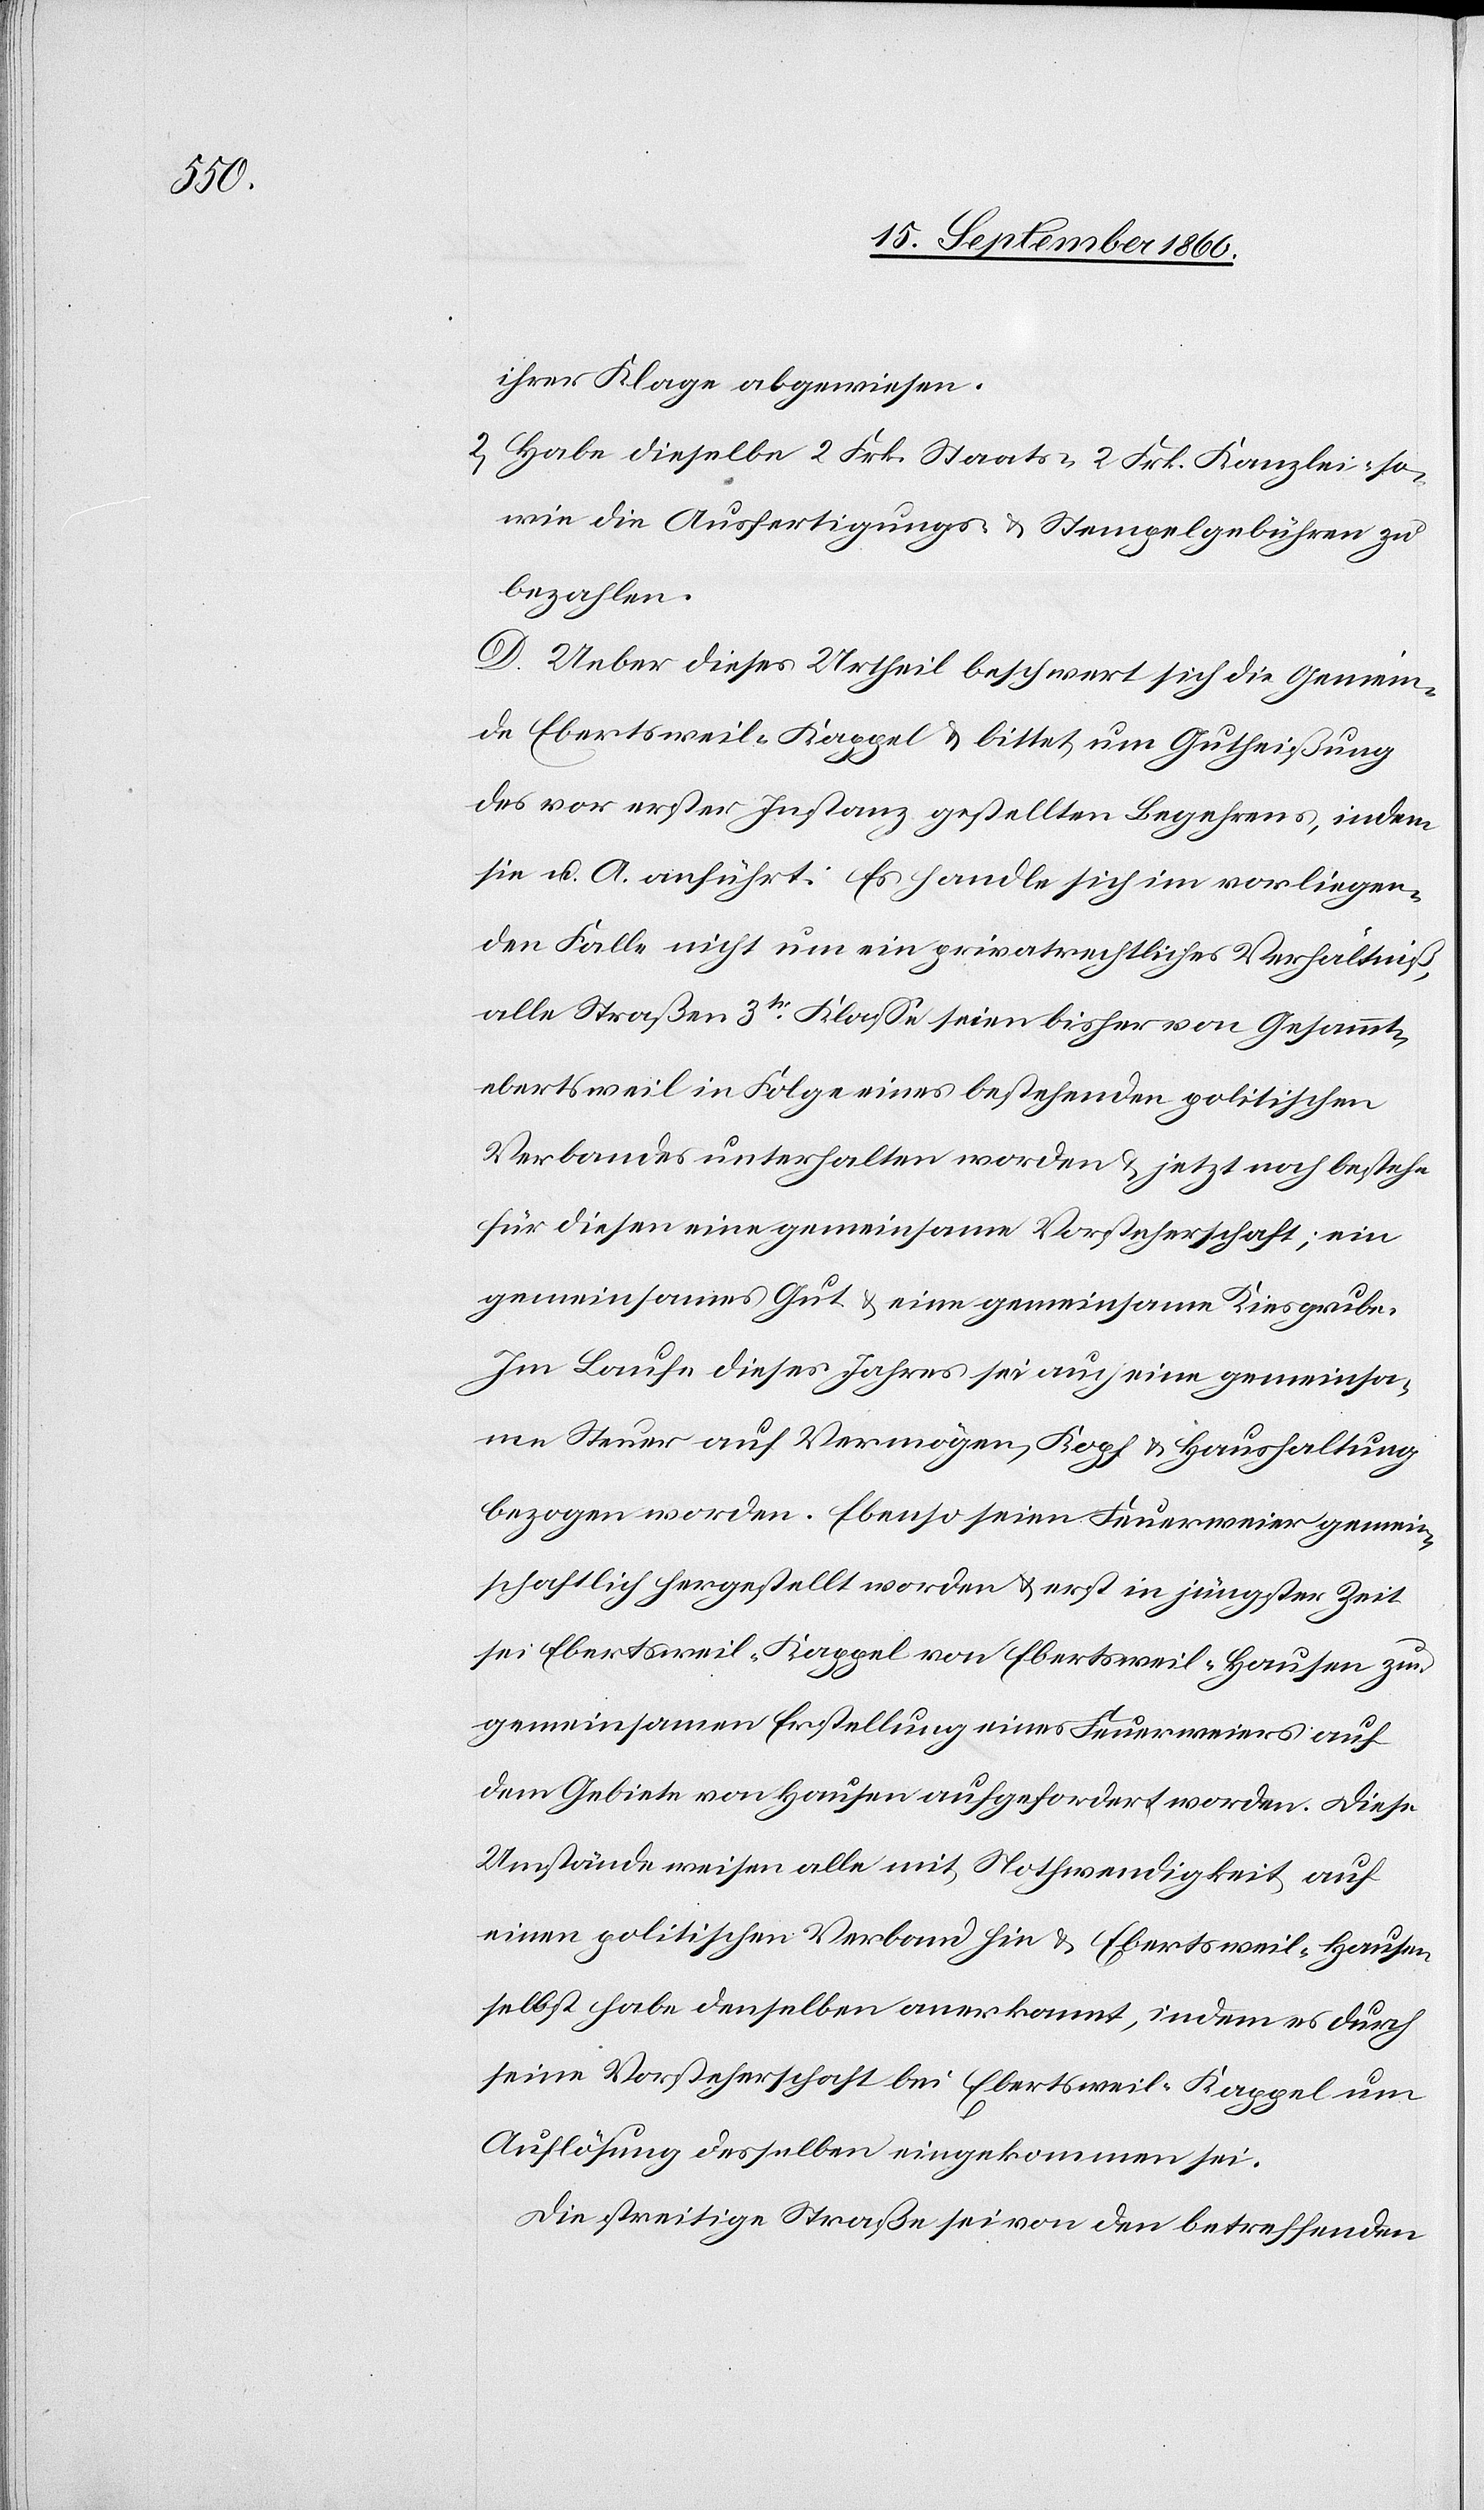
ihrer Klage abgewiesen.
2. Habe dieselbe 2 Frk. Staats-[,] 2 Frk. Kanzlei- so¬
wie die Ausfertigungs- u. Stempelgebühren zu
bezahlen.
D. Ueber dieses Urtheil beschwert sich die Gemein¬
de Ebertsweil-Kappel u. bittet um Gutheißung
des vor erster Instanz gestellten Begehrens, indem
sie u. A. anführt: Es handle sich im vorliegen¬
den Falle nicht um ein privatrechtliches Verhältniß,
alle Straßen 3tr Klasse seien bisher von Gesammt¬
ebertsweil in Folge eines bestehenden politischen
Verbandes unterhalten worden u. jetzt noch bestehe
für diesen eine gemeinsame Vorsteherschaft; ein
gemeinsames Gut u. eine gemeinsame Kiesgrube.
Im Laufe dieses Jahres sei auch eine gemeinsa¬
me Steuer auf Vermögen, Kopf u. Haushaltung
bezogen worden. Ebenso seien Feuerweier gemein¬
schaftlich hergestellt worden u. erst in jüngster Zeit
sei Ebertsweil-Kappel von Ebertsweil-Hausen zur
gemeinsamen Erstellung eines Feuerweiers auf
dem Gebiete von Hausen aufgefordert worden. Diese
Umstände weisen alle mit Nothwendigkeit auf
einen politischen Verband hin u. Ebertsweil-Hausen
selbst habe denselben anerkannt, indem es durch
seine Vorsteherschaft bei Ebertsweil-Kappel um
Auflösung desselben eingekommen sei.
Die streitige Straße sei von den betreffenden